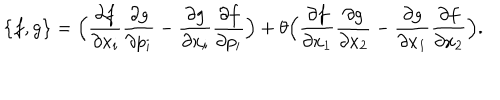
LaTeX: \big \{ f , g \big \} = \Big ( \frac { \partial f } { \partial x _ { i } } \frac { \partial g } { \partial p _ { i } } - \frac { \partial g } { \partial x _ { i } } \frac { \partial f } { \partial p _ { i } } \Big ) + \theta \Big ( \frac { \partial f } { \partial x _ { 1 } } \frac { \partial g } { \partial x _ { 2 } } - \frac { \partial g } { \partial x _ { 1 } } \frac { \partial f } { \partial x _ { 2 } } \Big ) .